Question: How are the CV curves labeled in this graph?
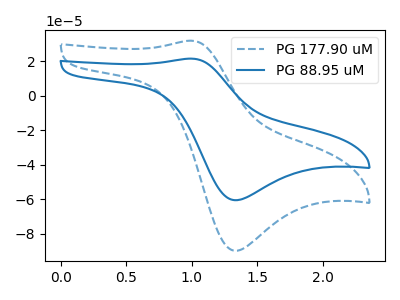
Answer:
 <answer>The blue dashed curve is labeled "PG 177.90 uM". The blue curve is labeled "PG 88.95 uM".</answer>
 <eval></eval>